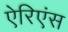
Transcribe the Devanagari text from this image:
ऐरिएंस